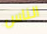
الناس